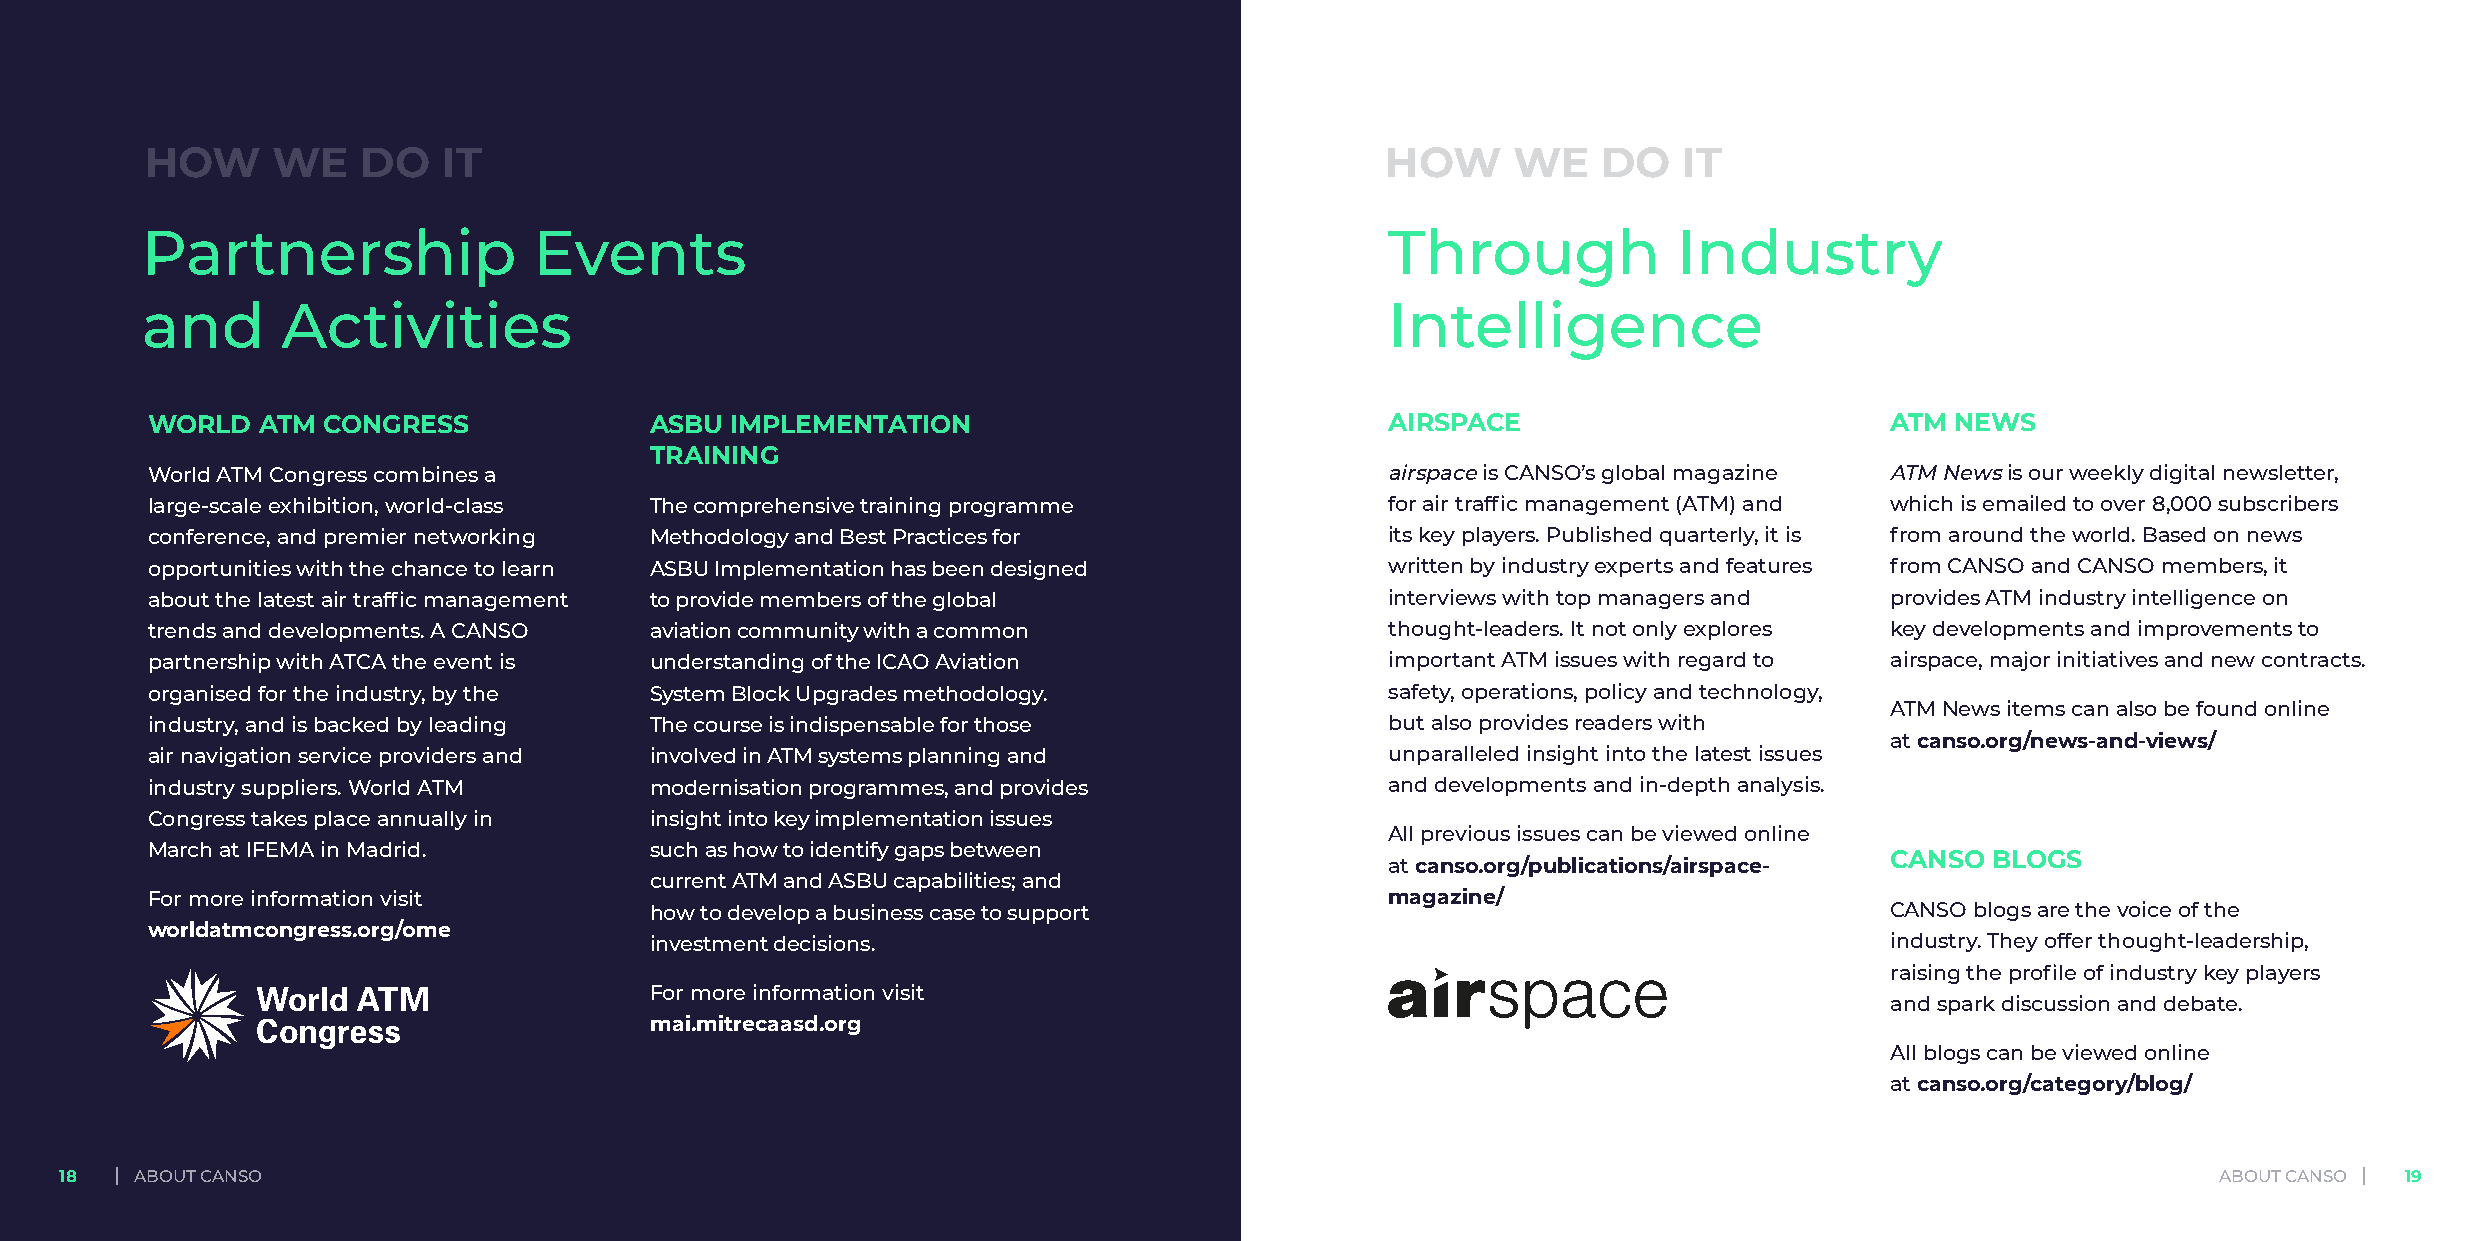
HOW     WE    DO   IT                                                             HOW     WE    DO   IT
 Partnership               Events                                                   Through            Industry
 and       Activities                                                               Intelligence
 WORLD  ATM CONGRESS              ASBU IMPLEMENTATION                              AIRSPACE                         ATM NEWS
 TRAINING
 World ATM Congress combines a                                                     airspace is CANSO’s global magazine ATM News is our weekly digital newsletter,
 large-scale exhibition, world-class The comprehensive training programme          for air traffic management (ATM) and which is emailed to over 8,000 subscribers
 conference, and premier networking Methodology and Best Practices for             its key players. Published quarterly, it is from around the world. Based on news
 opportunities with the chance to learn ASBU Implementation has been designed      written by industry experts and features from CANSO and CANSO members, it
 about the latest air traffic management to provide members of the global          interviews with top managers and provides ATM industry intelligence on
 trends and developments. A CANSO aviation community with a common                 thought-leaders. It not only explores key developments and improvements to
 partnership with ATCA the event is understanding of the ICAO Aviation             important ATM issues with regard to airspace, major initiatives and new contracts.
 organised for the industry, by the System Block Upgrades methodology.             safety, operations, policy and technology,
 ATM News items can also be found online
 industry, and is backed by leading The course is indispensable for those          but also provides readers with
 at canso.org/news-and-views/
 air navigation service providers and involved in ATM systems planning and         unparalleled insight into the latest issues
 industry suppliers. World ATM    modernisation programmes, and provides           and developments and in-depth analysis.
 Congress takes place annually in insight into key implementation issues
 All previous issues can be viewed online
 March at IFEMA in Madrid.        such as how to identify gaps between
 CANSO  BLOGS
 at canso.org/publications/airspace-
 current ATM and ASBU capabilities; and
 For more information visit                                                        magazine/
 how to develop a business case to support                                         CANSO blogs are the voice of the
 worldatmcongress.org/ome
 investment decisions.                                                             industry. They offer thought-leadership,
 raising the profile of industry key players
 For more information visit
 and spark discussion and debate.
 mai.mitrecaasd.org
 All blogs can be viewed online
 at canso.org/category/blog/
 18   ABOUT CANSO                                                                                                                               ABOUT CANSO 19